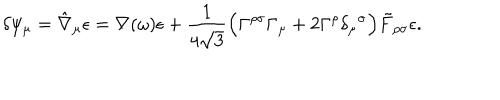
\delta \psi _ { \mu } = \hat { \nabla } _ { \mu } \epsilon = \nabla ( \omega ) \epsilon + { \frac { 1 } { 4 \sqrt 3 } } \Bigl ( \Gamma ^ { \rho \sigma } \Gamma _ { \mu } + 2 \Gamma ^ { \rho } \delta _ { \mu } { } ^ { \sigma } \Bigr ) \tilde { F } _ { \rho \sigma } \epsilon .